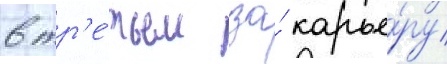
в тр'е́тьем за́ карье́ру